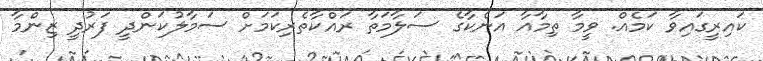
ކައިރީގައިވާ ކަމެއް. ވީމާ ތިމާއާ އަނެކާގެ ސަލާމަތާ ރައްކާތެރިކަމަށް ސަމާލުކަންދީ ފަރުދީ ޒިންމާ